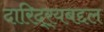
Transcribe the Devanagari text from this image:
दारिद्‌र्‍यबद्दल